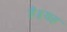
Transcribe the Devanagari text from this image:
है॥यह